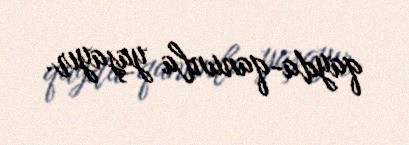
qayda-qanunla yaşayır.